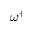
\omega ^ { + }